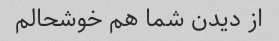
از دیدن شما هم خوشحالم